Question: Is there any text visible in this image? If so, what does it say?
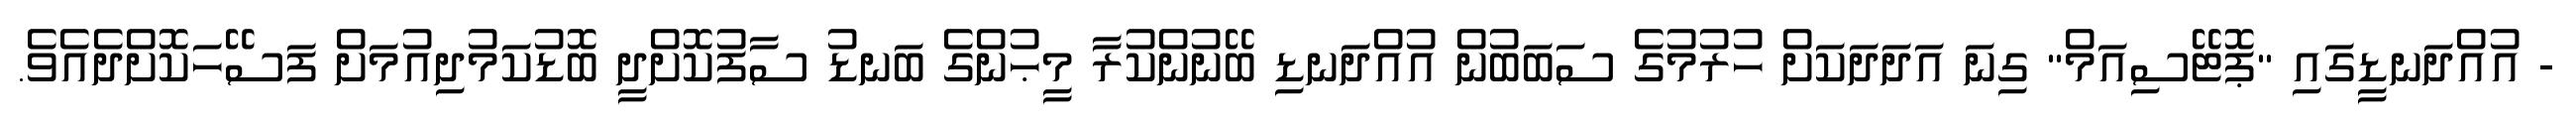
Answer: - އުއްދަނޑީގައި "ޕޮޓޭސިއަމް" ގިނަ އަދަދަކަށް ހުރުމުގެ ސަބަބުން އުއްދަނޑި ބޭނުންކުރާ މީޙުންގެ ބަނޑު ސާފުކޮށްދީ ބޮޑުކަމުދިއުމަށް ފަސޭހަކޮށްދެއެވެ.